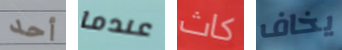
أحد عندما كاث يخاف